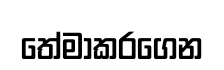
තේමාකරගෙන